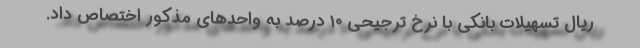
ریال تسهیلات بانکی با نرخ ترجیحی ۱۰ درصد به واحدهای مذکور اختصاص داد.